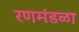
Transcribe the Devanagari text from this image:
रणमंडळा